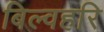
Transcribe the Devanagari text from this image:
बिल्वहरि